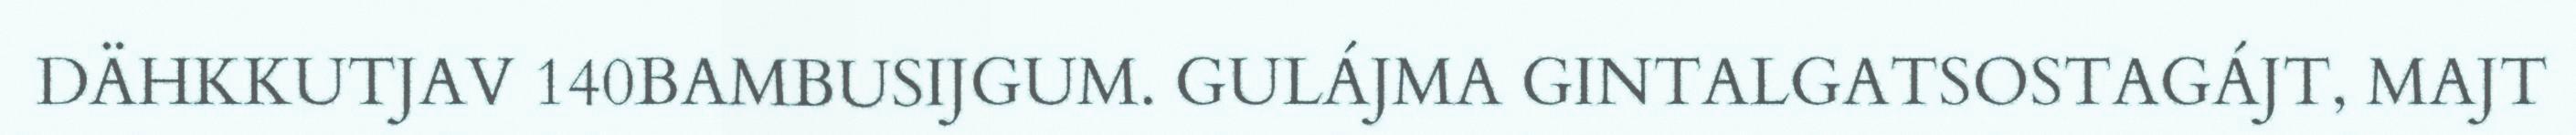
DÄHKKUTJAV 140BAMBUSIJGUM. GULÁJMA GINTALGATSOSTAGÁJT, MAJT